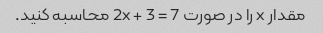
مقدار x را در صورت 2x + 3 = 7 محاسبه کنید.